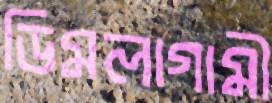
ডিমলাগামী